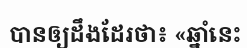
បានឲ្យដឹងដែរថា៖ «ឆ្នាំនេះ